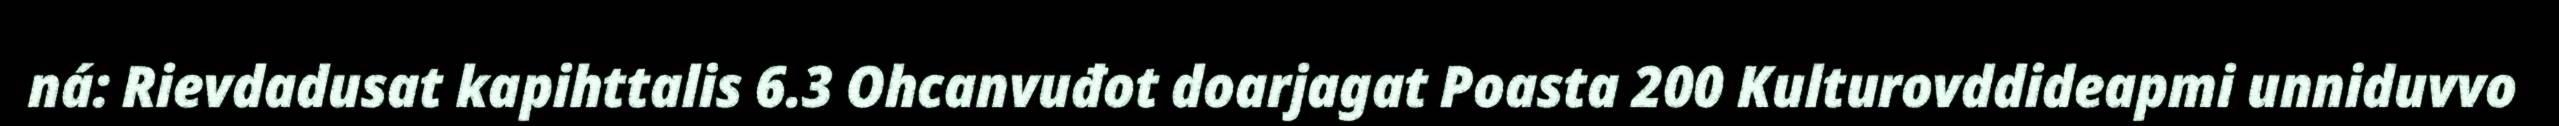
ná: Rievdadusat kapihttalis 6.3 Ohcanvuđot doarjagat Poasta 200 Kulturovddideapmi unniduvvo